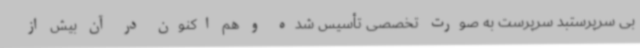
بی سرپرستبد سرپرست به صورت تخصصی تأسیس شده و هم اکنون در آن بیش از